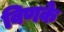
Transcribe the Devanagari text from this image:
विणके